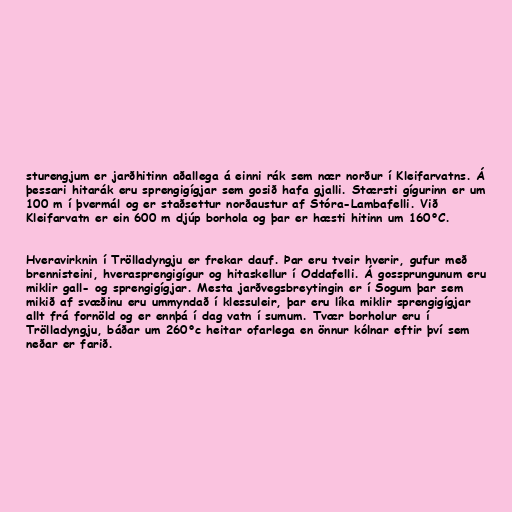
sturengjum er jarðhitinn aðallega á einni rák sem nær norður í Kleifarvatns. Á
þessari hitarák eru sprengigígjar sem gosið hafa gjalli. Stærsti gígurinn er um
100 m í þvermál og er staðsettur norðaustur af Stóra-Lambafelli. Við
Kleifarvatn er ein 600 m djúp borhola og þar er hæsti hitinn um 160°C.

Hveravirknin í Trölladyngju er frekar dauf. Þar eru tveir hverir, gufur með
brennisteini, hverasprengigígur og hitaskellur í Oddafelli. Á gossprungunum eru
miklir gall- og sprengigígjar. Mesta jarðvegsbreytingin er í Sogum þar sem
mikið af svæðinu eru ummyndað í klessuleir, þar eru líka miklir sprengigígjar
allt frá fornöld og er ennþá í dag vatn í sumum. Tvær borholur eru í
Trölladyngju, báðar um 260°c heitar ofarlega en önnur kólnar eftir því sem
neðar er farið.